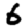
Digit: 6